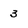
Character: 3